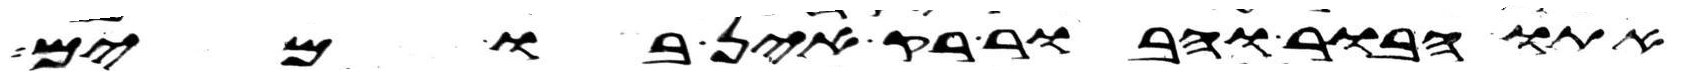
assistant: אתו הבור והבור ריק אין בו מים